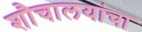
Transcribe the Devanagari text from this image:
शौचालयांचा